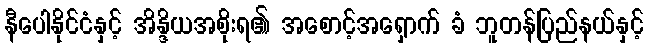
နီပေါနိုင်ငံနှင့် အိန္ဒိယအစိုးရ၏ အစောင့်အရှောက် ခံ ဘူတန်ပြည်နယ်နှင့်